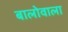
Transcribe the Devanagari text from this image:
बालोवाला